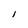
Character: I